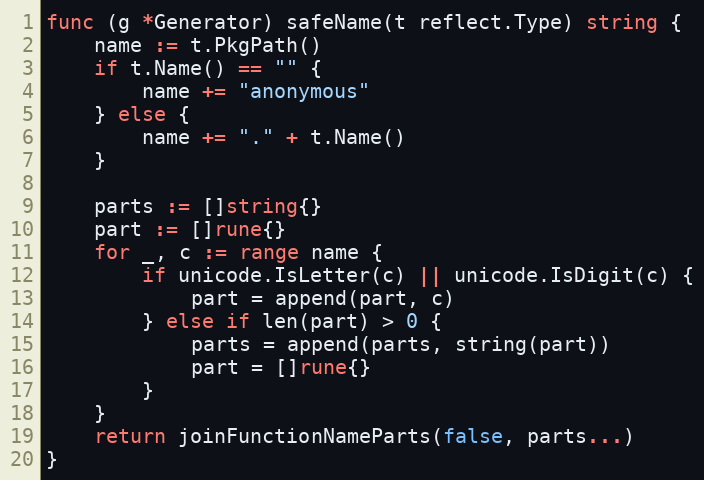
Language: Go
func (g *Generator) safeName(t reflect.Type) string {
	name := t.PkgPath()
	if t.Name() == "" {
		name += "anonymous"
	} else {
		name += "." + t.Name()
	}

	parts := []string{}
	part := []rune{}
	for _, c := range name {
		if unicode.IsLetter(c) || unicode.IsDigit(c) {
			part = append(part, c)
		} else if len(part) > 0 {
			parts = append(parts, string(part))
			part = []rune{}
		}
	}
	return joinFunctionNameParts(false, parts...)
}